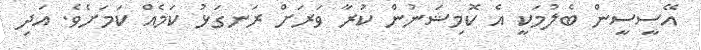
އޭސީސީން ބެލުމަކީ އެ ކޮމިޝަނުން ކުރާ ވަރަށް ރަނގަޅު ކަމެއް ކަމަށެވެ. އަދި